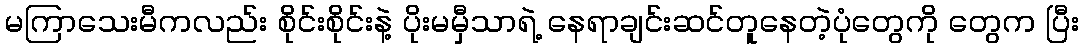
မကြာသေးမီကလည်း စိုင်းစိုင်းနဲ့ ပိုးမမှီသာရဲ့ နေရာချင်းဆင်တူနေတဲ့ပုံတွေကို တွေက ပြီး